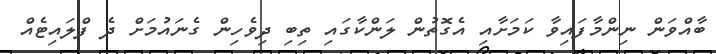
ބާއްވަން ނިންމާފައިވާ ކަމަށާއި އެގޮތުން ލަންކާގައި ތިބި ދިވެހިން ގެނައުމަށް ދެ ފްލައިޓެއް